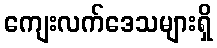
ကျေးလက်ဒေသများရှိ